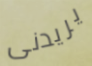
يريدنى